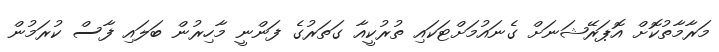
މަރާމާތުކޮށް އޮޕަރޭޝަނަަށް ގެނައުމަށްޓަކައި ތުރުކީއާ ގަތަރުގެ ފަންނީ މާހިރުން ބަލައި ފާސް ކުރަމުން